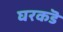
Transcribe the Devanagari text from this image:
घरकडॆ